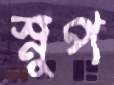
স্নুপ